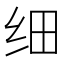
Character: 细